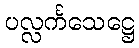
ပလ္လင်္ကသေဋ္ဌေ